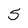
Character: 5